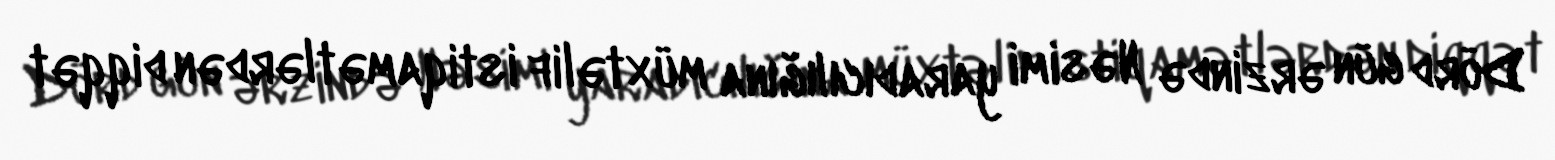
Dörd gün ərzində Nəsimi yaradıcılığına müxtəlif istiqamətlərdən diqqət